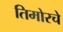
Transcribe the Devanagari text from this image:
तिमोरचे